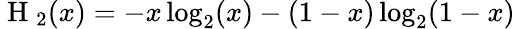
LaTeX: \mathrm{~H~}_{2}(x)=-x\log_{2}(x)-(1-x)\log_{2}(1-x)